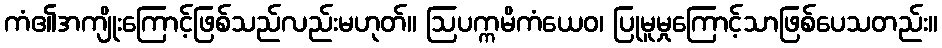
ကံ၏အကျိုးကြောင့်ဖြစ်သည်လည်းမဟုတ်။ ဩပက္ကမိကံယေဝ၊ ပြုမူမှုကြောင့်သာဖြစ်ပေသတည်း။